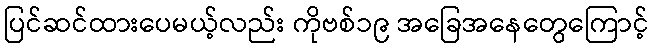
ပြင်ဆင်ထားပေမယ့်လည်း ကိုဗစ်၁၉ အခြေအနေတွေကြောင့်